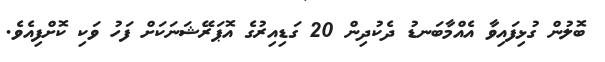
ބޮލުން ގުޅިފައިވާ އެއްމާބަނޑު ދެކުދިން 20 ގަޑިއިރުގެ އޮޕަރޭޝަނަކަށް ފަހު ވަކި ކޮށްފިއެވެ.